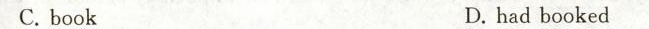
C. book D. had booked